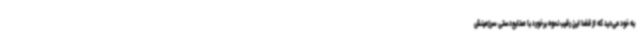
به خود می‌دید که از قضا این رقیب نحوه برخورد با صنایع‌دستی سرزمینش